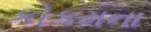
કોકમના